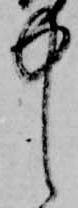
中